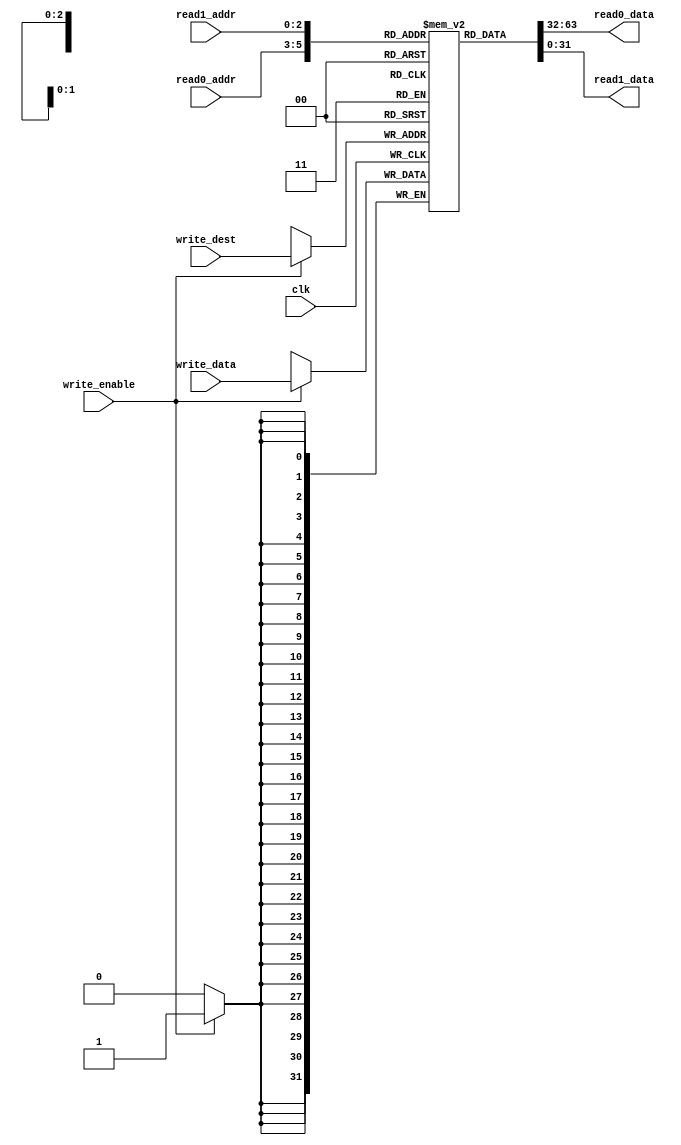
module cpu_regs(input clk,
/** write **/
	input write_enable,
	input [2:0] write_dest,
	input [31:0] write_data,
/** read #1 **/
	input [2:0] read0_addr,
	output [31:0] read0_data,
/** read #2 **/
	input [2:0] read1_addr,
	output [31:0] read1_data);
	reg [31:0] reg_array [7:0];
	integer i;
	initial begin
		for (i = 0;i < 8; i = i+1) reg_array[i] <= 32'd0;
	end
	always @ (posedge clk ) begin
		if (write_enable) begin
			reg_array[write_dest] <= write_data;
		end
	end
	assign read0_data = reg_array[read0_addr];
	assign read1_data = reg_array[read1_addr];
endmodule